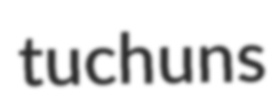
tuchuns